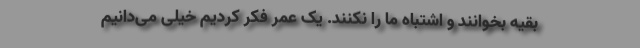
بقیه بخوانند و اشتباه ما را نکنند. یک عمر فکر کردیم خیلی می‌دانیم